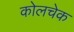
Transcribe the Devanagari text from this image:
कोलचेक